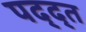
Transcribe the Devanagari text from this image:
पद्द्त